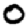
Digit: 0